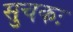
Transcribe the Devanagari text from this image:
सुचकः